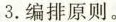
3.编排原则。